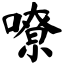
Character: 嘹